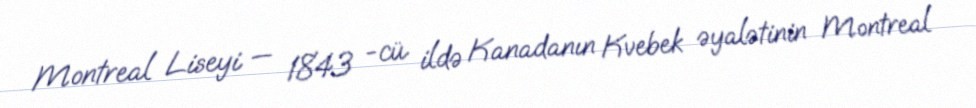
Montreal Liseyi — 1843 -cü ildə Kanadanın Kvebek əyalətinin Montreal